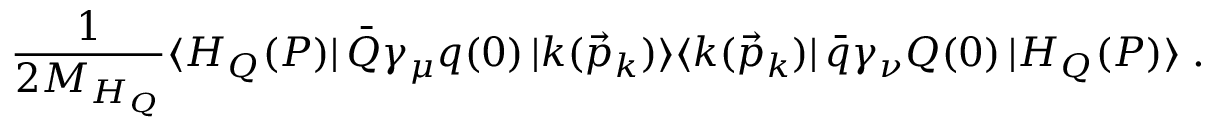
\frac { 1 } { 2 M _ { H _ { Q } } } \langle H _ { Q } ( P ) | \, \bar { Q } \gamma _ { \mu } q ( 0 ) \, | k ( \vec { p } _ { k } ) \rangle \langle k ( \vec { p } _ { k } ) | \, \bar { q } \gamma _ { \nu } Q ( 0 ) \, | H _ { Q } ( P ) \rangle \; .